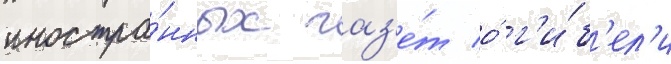
иностра́нных газ'е́т о́ г'и́б'ел'и